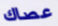
عصاك